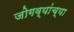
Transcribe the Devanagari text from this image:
जोगव्यांच्या